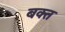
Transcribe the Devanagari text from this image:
बक्त